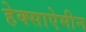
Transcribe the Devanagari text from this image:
हेक्साऐमीन